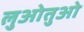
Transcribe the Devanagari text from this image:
लुओतुओ